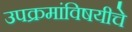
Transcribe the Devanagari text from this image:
उपक्रमांविषयीचे